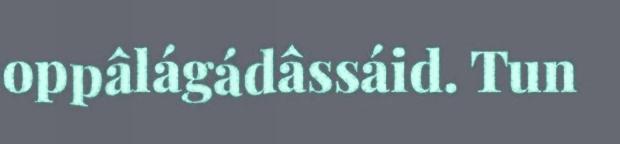
oppâlágádâssáid. Tun